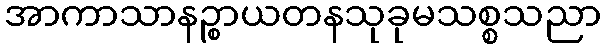
အာကာသာနဉ္စာယတနသုခုမသစ္စသညာ